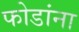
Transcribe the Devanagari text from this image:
फोडांना